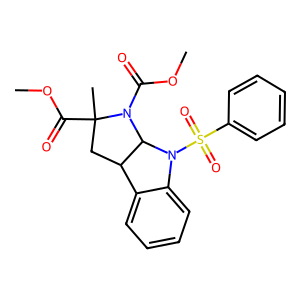
SMILES: COC(=O)N1C2C(CC1(C)C(=O)OC)c1ccccc1N2S(=O)(=O)c1ccccc1
Inhibits HIV replication: No